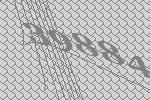
39884